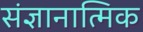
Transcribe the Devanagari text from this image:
संज्ञानात्मिक